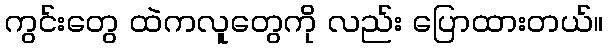
ကွင်းတွေ ထဲကလူတွေကို လည်း ပြောထားတယ်။